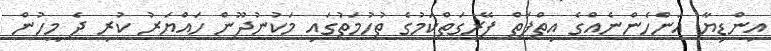
އިންޑިޔާ އަންހެންނެއްގެ އިތްފަތް ފޭރިގަތްކަމުގެ ތުހުމަތުގައި މަކުނުދޫން ހައްޔަރު ކުރި ދެ މީހުން